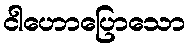
ငါဟောပြောသော